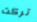
تركت